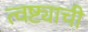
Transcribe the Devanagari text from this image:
त्वष्ट्याची